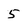
Character: 5